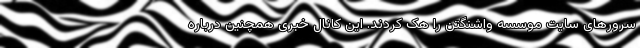
سرورهای سایت موسسه واشنگتن را هک کردند. این کانال خبری همچنین درباره